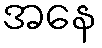
အနေ